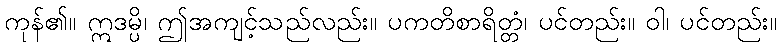
ကုန်၏။ ဣဒမ္ပိ၊ ဤအကျင့်သည်လည်း။ ပကတိစာရိတ္တံ၊ ပင်တည်း။ ဝါ၊ ပင်တည်း။